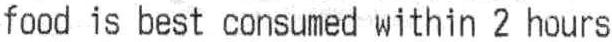
FOOD IS BEST CONSUMED WITHIN 2 HOURS